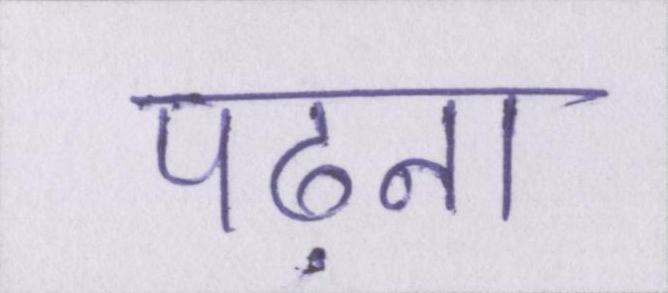
पढ़ना